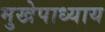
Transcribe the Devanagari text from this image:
मुखेपाध्याय